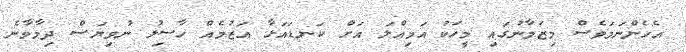
އެހެންނަމަވެސް މިޒަމާނުގައި މީހަކު އަމިއްލަ އަށް ކަނޑައަޅާ އަޒުމެއް ހާސިލު ނުވިޔަސް ދިމާވާނެ